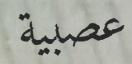
عصبية